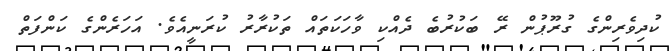
ކުދިވެރިންގެ ގުރޫޕުން ރޭ ބަކުރުބެ ދެއްކި ވާހަކަތައް ތަކުރާރު ކުރަނީއެވެ. އަހަރެންގެ ކަންފަތް